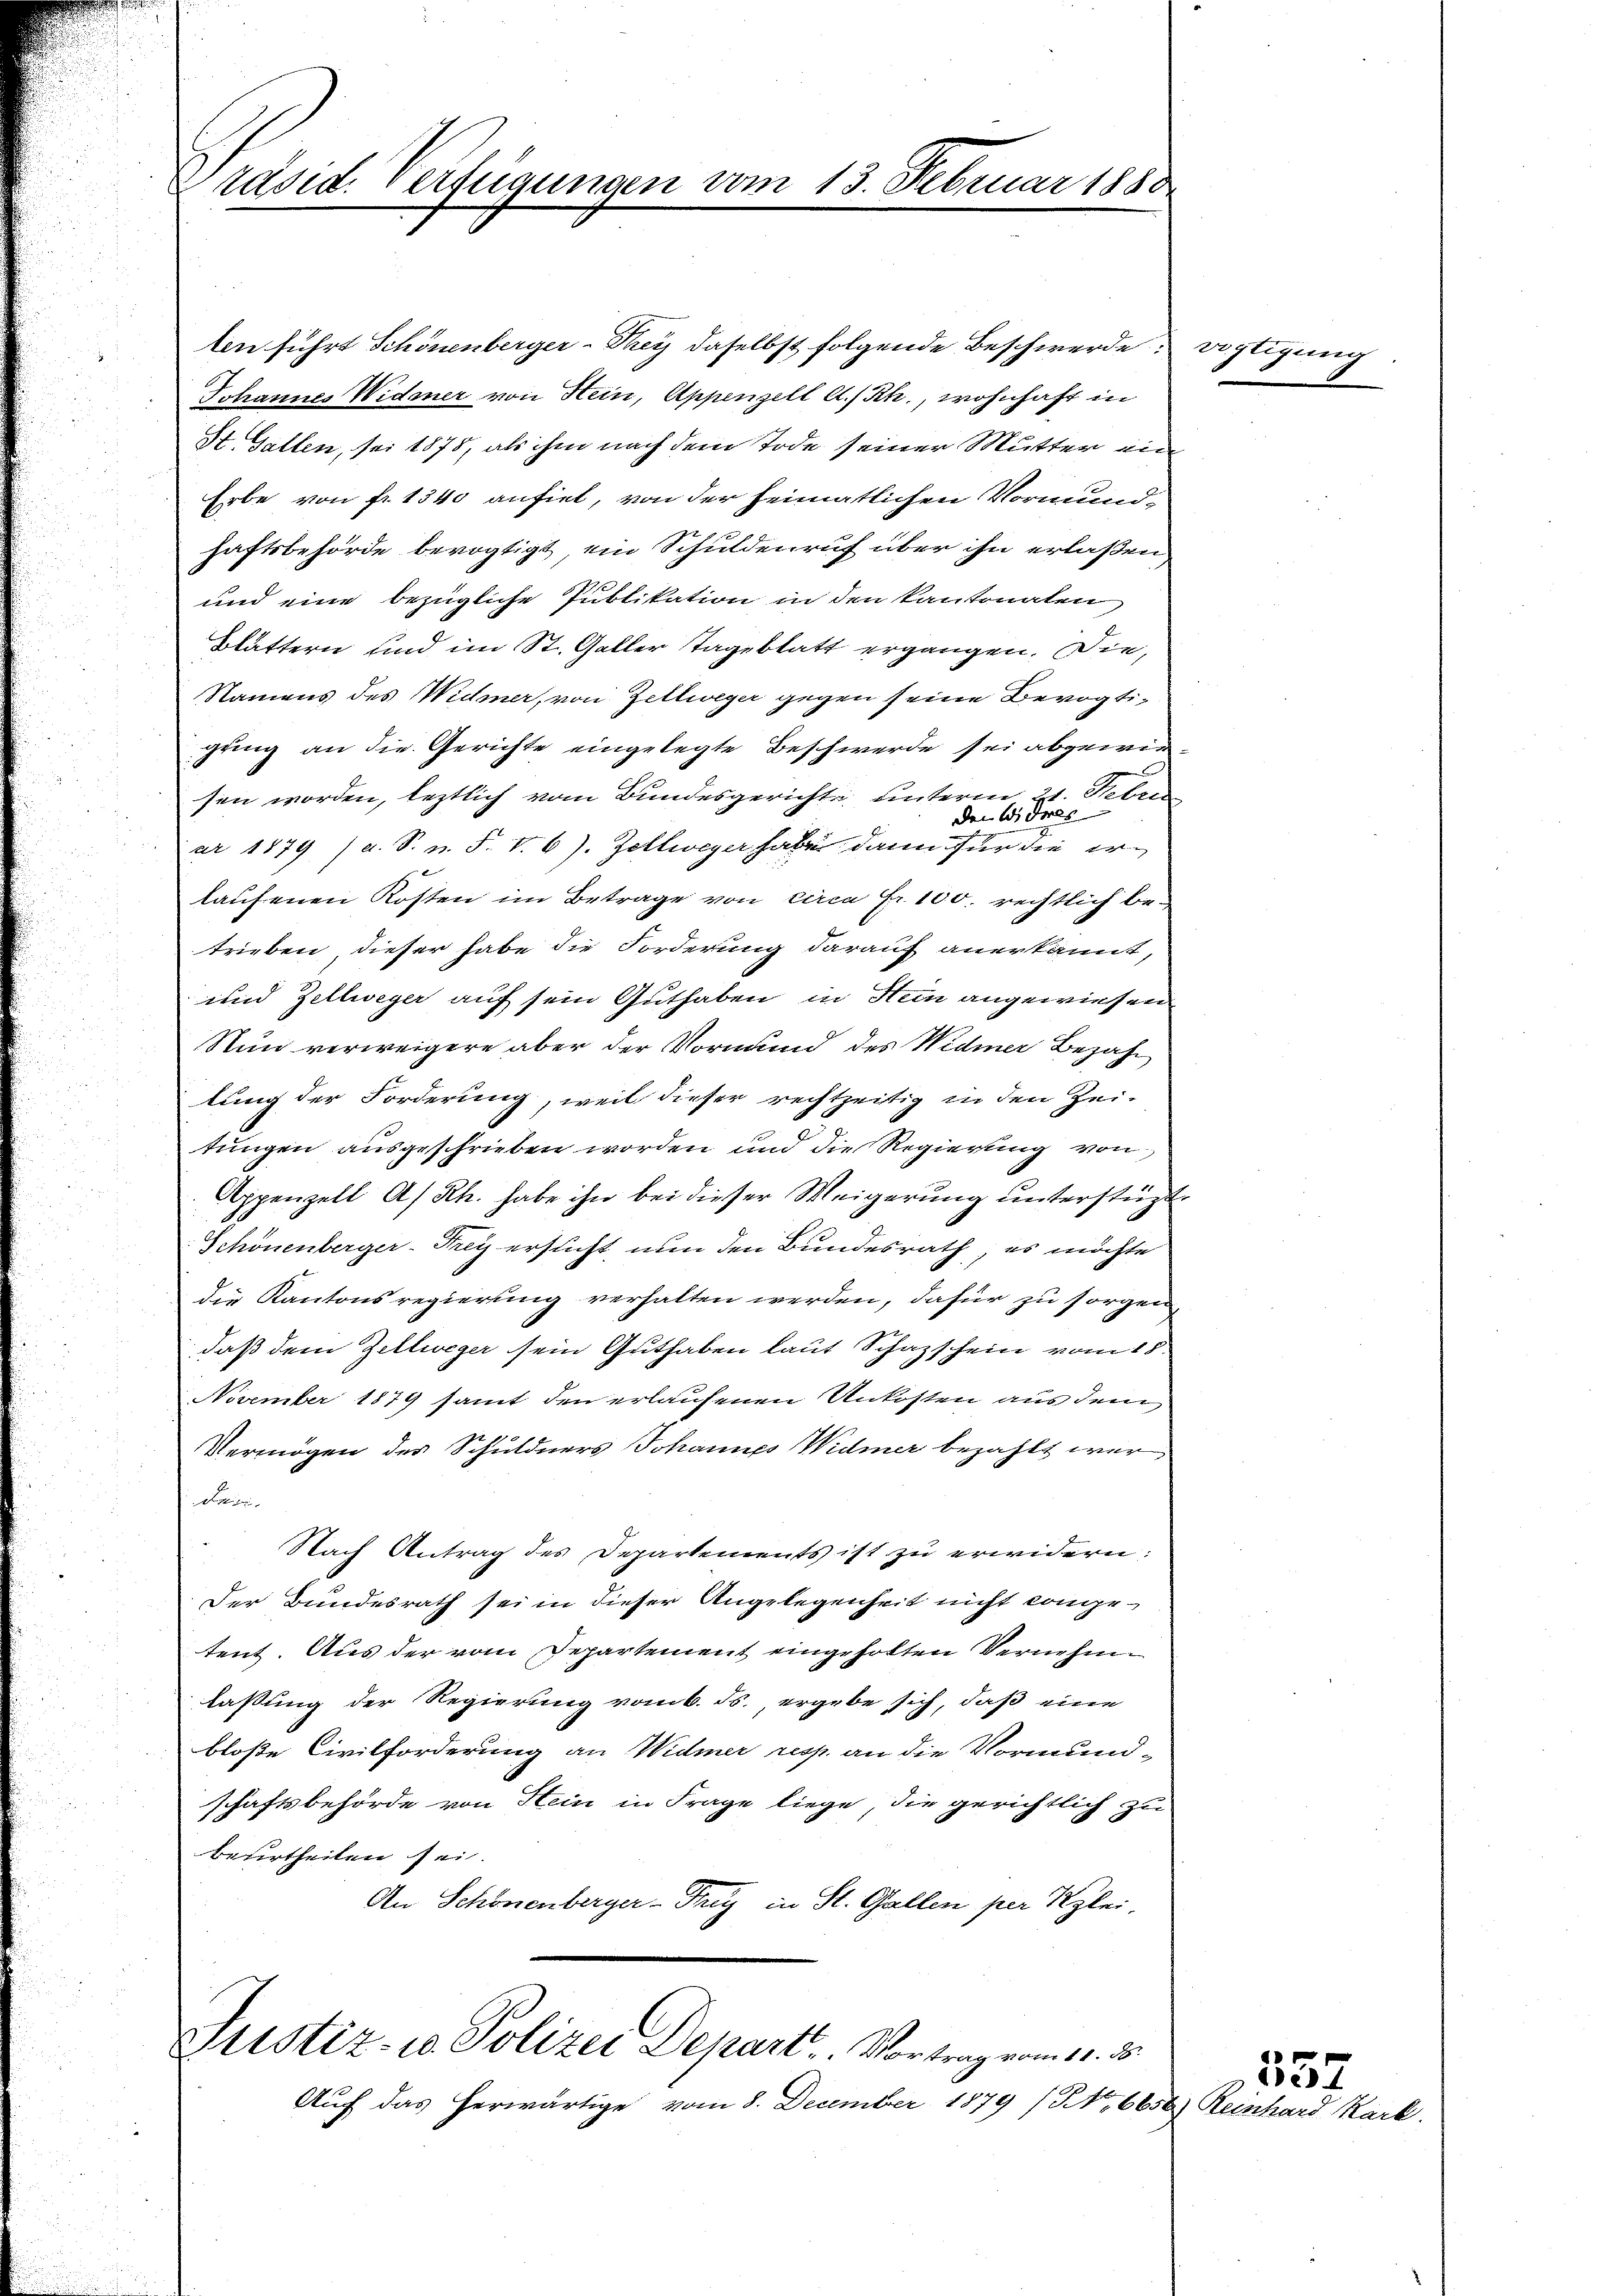
Präsid. Verfügungen vom 13. Februar 1880

ten führt Schönenberger-They daselbst folgende Beschwerde
Johannes Widmer von Hein, Appenzell A.-Rh., wohnhaft in
St. Gallen, sei 1878, als ihm nach dem Tode seiner Mutter ein
d
Erbe von fr. 1340 anfiel, von der heimatlichen Vormund¬
.
haftsbehörde bevogtigt ein Schuldenruf über ihn erlaßen,
und eine bezügliche Publikation in den kantonalen
Blättern und im St. Galler Tageblatt ergangen. Die,
Namens des Widmer, von Zellweger gegen seine Bevogtigung an die Gerichte eingelegte Beschwerde sei abgewie
sen worden, leztlich vom Bundesgerichte unterm 21. Febru
den Widres
ar 1879 (a. S. n. F. v. 6. Zellweger habe dann für die erlaufenen Kosten im Betrage von circa Fr. 100. rechtlich betrieben dieser habe die Forderung darauf anerkannt,
und Zellweger auf sein Guthaben in Hein angewiesen
Nun verweigere aber der Vormund des Widmer Bezahlung der Forderung, weil dieser rechtzeitig in den Zei-
tungen ausgeschrieben worden und die Regierung von
Appenzell A/Rh. habe ihn bei dieser Weigerung unterstüzte
Schönenberger-Frey ersucht, nun den Bundesrath, es möchte
die Kantonsregierung verhalten werden, dafür zu sorgen
daß dem Zellweger sein Guthaben laut Schazschein vom 18.
November 1879 samt den erlaufenen Unkosten aus dem
Vermögen des Schuldners Johannes Widmer bezahlt war
ase.
Nach Antrag des Departements ist zu erwidern:
Der Bundesrath sei in dieser Angelegenheit nicht congetent. Aus der vom Departement eingeholten Vernehmlaßung der Regierung vom 6. ds., ergebe sich, daß eine
bloße Civilforderung an Widmer resp. an die Vormund-
schaftsbehörde von Stein in Frage liege, die gerichtlich zu
beurtheilen sei.
An Schönenberger Frey St. Gallen per Klei

Justiz- u. Polizei Depart. Vortrag vom 11. ds.

Auf das herwärtige vom 8. December 1879 (N. 6656) Reinhard Kark.

wichtigung

552